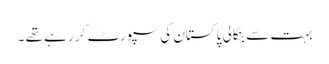
بہت سے بنگالی پاکستان کی سپورٹ کر رہے تھے ۔